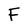
Character: F